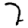
Digit: 2